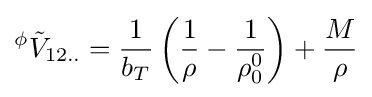
{}^{\phi }{\tilde {V}}_{12..}={\frac {1}{b_{T}}}\left({\frac {1}{\rho }}-{\frac {1}{\rho _{0}^{0}}}\right)+{\frac {M}{\rho }}